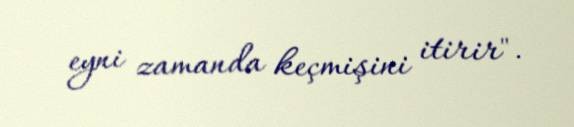
eyni zamanda keçmişini itirir".